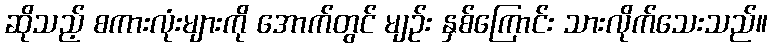
ဆိုသည့် စကားလုံးများကို အောက်တွင် မျဉ်း နှစ်ကြောင်း သားလိုက်သေးသည်။